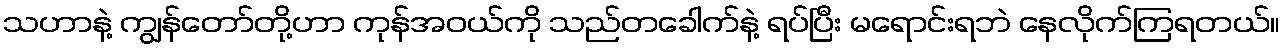
သဟာနဲ့ ကျွန်တော်တို့ဟာ ကုန်အဝယ်ကို သည်တခေါက်နဲ့ ရပ်ပြီး မရောင်းရဘဲ နေလိုက်ကြရတယ်။